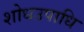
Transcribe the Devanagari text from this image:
शोधउपाधि